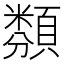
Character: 𩔫